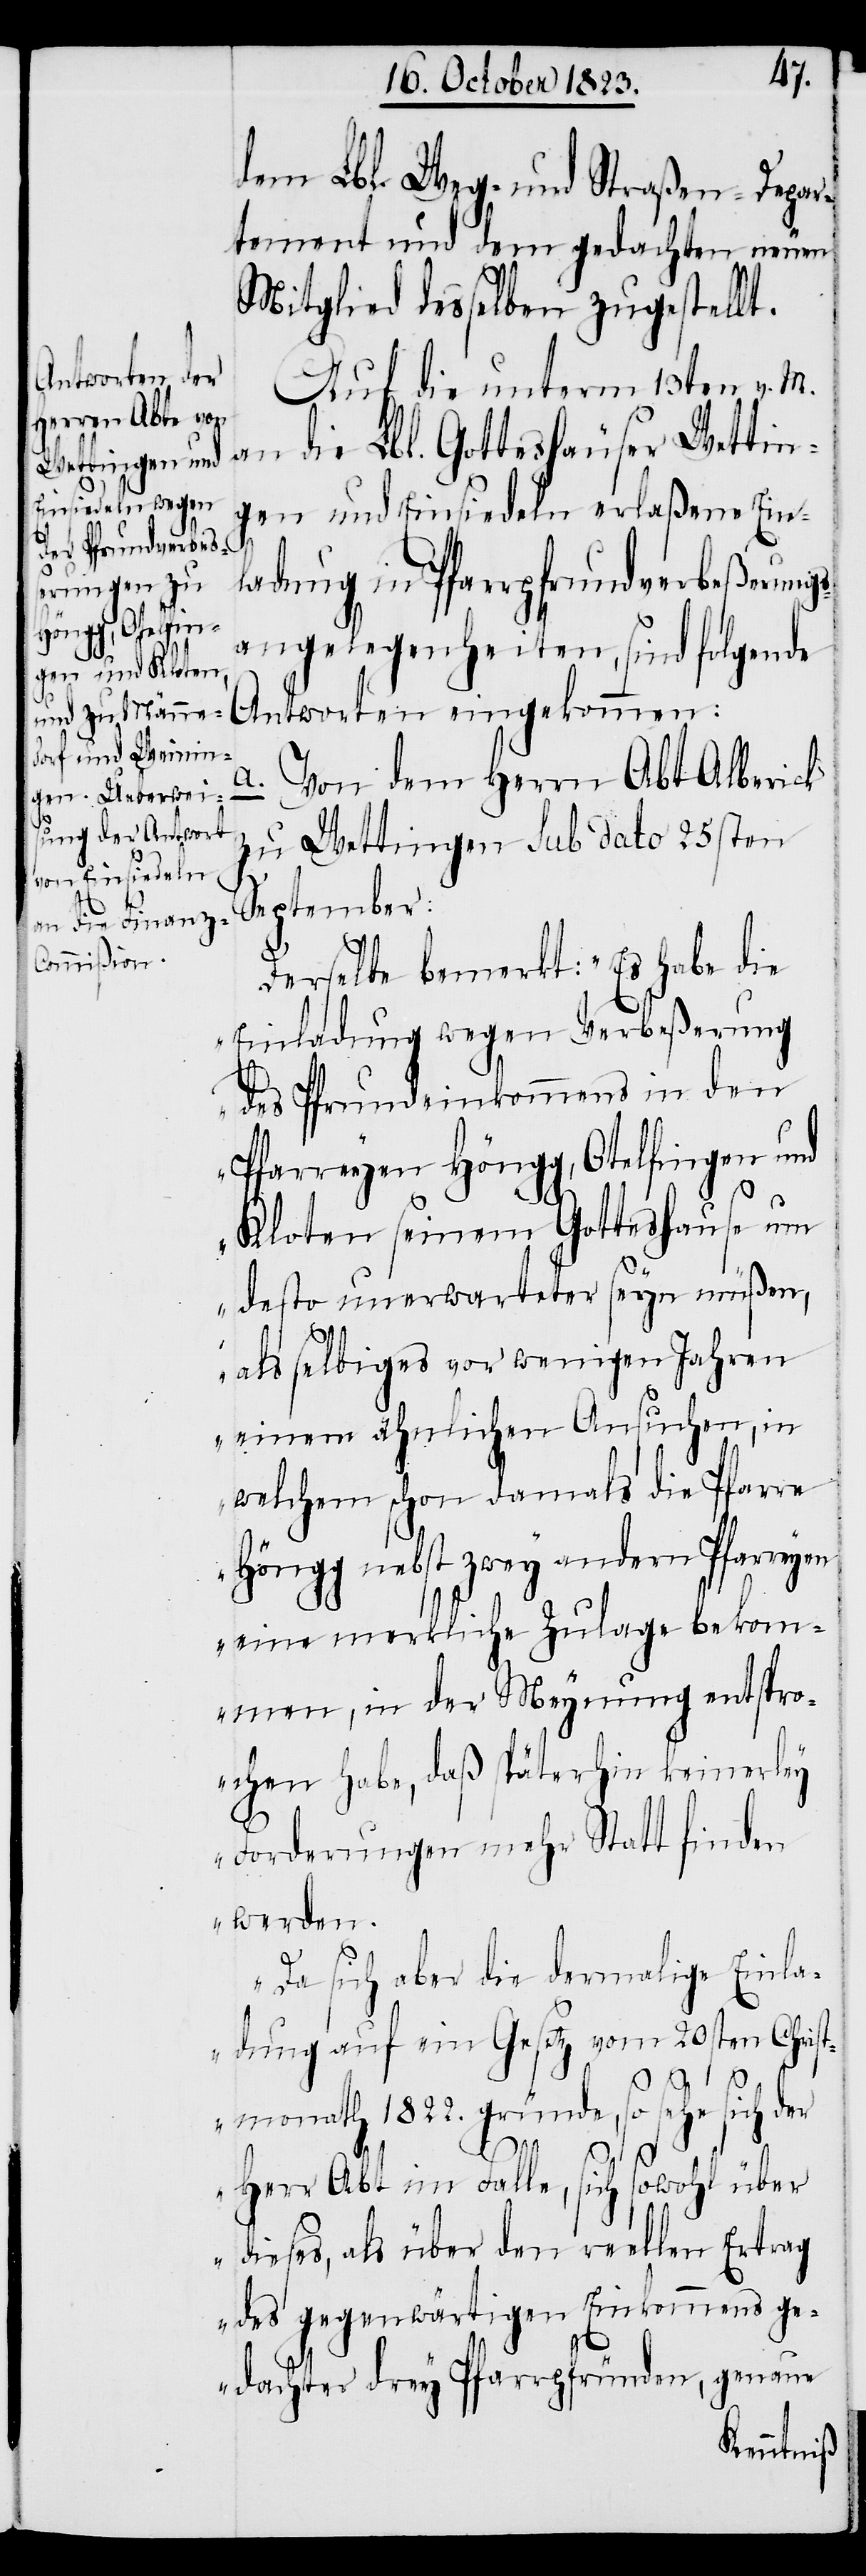
dem Lbl. Weg- und Straßen-Depar¬
tement und dem gedachten neuen
Mitglied desselben zugestellt.
Auf die unterm 13ten v. M.
an die Lbl. Gotteshäuser Wettin¬
gen und Einsiedeln erlaßene Ein¬
ladung in Pfarrpfrundverbeßerung¬
sangelegenheiten, sind folgende
Antworten eingekommen:
a.
Von dem Herrn Abt Alberick
zu Wettingen sub dato 25sten
September:
Derselbe bemerkt: „Es habe die
Einladung wegen Verbeßerung
des Pfrundeinkommens in den
Pfarreyen Höngg, Otelfingen und
Kloten seinem Gotteshause um
desto unerwarteter seyn müßen,
als selbiges vor wenigen Jahren
einem ähnlichen Ansuchen, in
welchem schon damals die Pfarre
Höngg nebst zwey andern Pfarreyen
eine merkliche Zulage bekom¬
men, in der Meynung entspro¬
chen habe, daß späterhin keinerley
Forderungen mehr Statt finden
werden.
Da sich aber die dermalige Einla¬
dung auf ein Gesetz vom 20sten Christ¬
monath 1822. gründe, so sehe sich der
Herr Abt im Falle, sich sowohl über
dieses, als über den reellen Ertrag
des gegenwärtigen Einkommens ge¬
dachter drey Pfarrpfründen, genaue